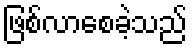
ဖြစ်လာစေခဲ့သည်